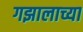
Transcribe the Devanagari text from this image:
गझालाच्या